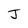
Character: J